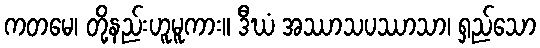
ကတမေ၊ တို့နည်းဟူမူကား။ ဒီဃံ အဿာသပဿာသာ၊ ရှည်သော